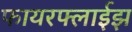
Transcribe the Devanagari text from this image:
फायरफ्लाईझ